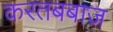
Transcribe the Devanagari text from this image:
करतबबाज़